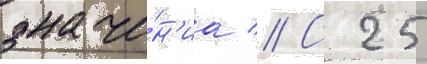
значе́н'иа // С 25